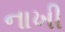
નાખી